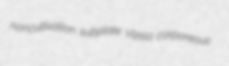
noncultivation subplate Vizsla corporeous